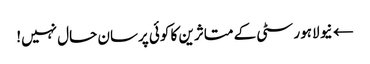
← نیو لاہور سٹی کے متاثرین کا کوئی پرسان حال نہیں!